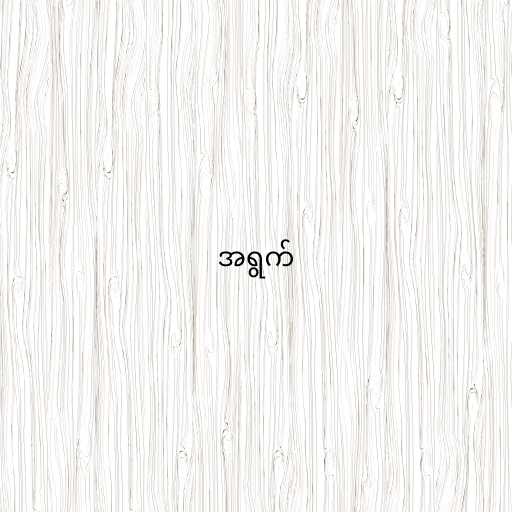
အရွက်